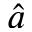
\hat { a }